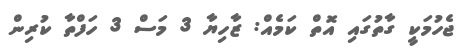
ޖެހުމަކީ ގާތުގައި އޮތް ކަމެއް: ޒާހިޔާ 3 މަސް 3 ހަފްތާ ކުރިން